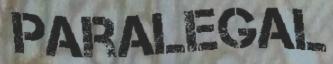
PARALEGAL